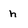
Character: h